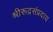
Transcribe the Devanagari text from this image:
श्रीरूद्रसंप्रदाय